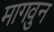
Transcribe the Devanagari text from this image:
मागवुन